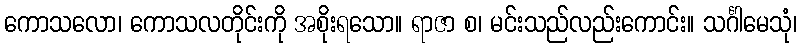
ကောသလော၊ ကောသလတိုင်းကို အစိုးရသော။ ရာဇာ စ၊ မင်းသည်လည်းကောင်း။ သင်္ဂါမေသုံ၊